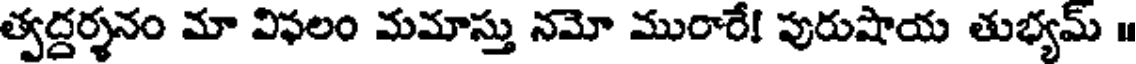
త్వద్దర్శనం మా విఫలం మమాస్తు నమో మురారే! పురుషాయ తుభ్యమ్